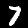
Digit: 7